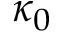
\kappa _ { 0 }